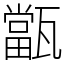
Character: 㽆